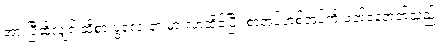
အားပြီဆိုလျှင် ထိုစားပွဲလေးနားမှာ လာထိုင်ပြီး စာအုပ်တစ်အုပ်ကို ဖတ်နေတတ်သည်။